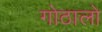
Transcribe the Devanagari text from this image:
गोठालो